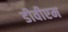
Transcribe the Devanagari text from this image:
डीवीएम